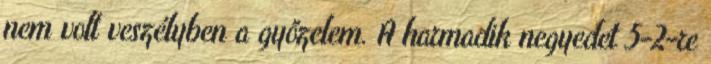
nem volt veszélyben a győzelem. A harmadik negyedet 5-2-re